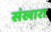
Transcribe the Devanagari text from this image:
संखारा